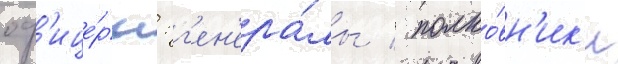
оф'ице́ры: г'ен'ера́лы / полко́вн'ик'и